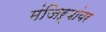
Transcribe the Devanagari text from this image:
मंजिऱ्यांवर